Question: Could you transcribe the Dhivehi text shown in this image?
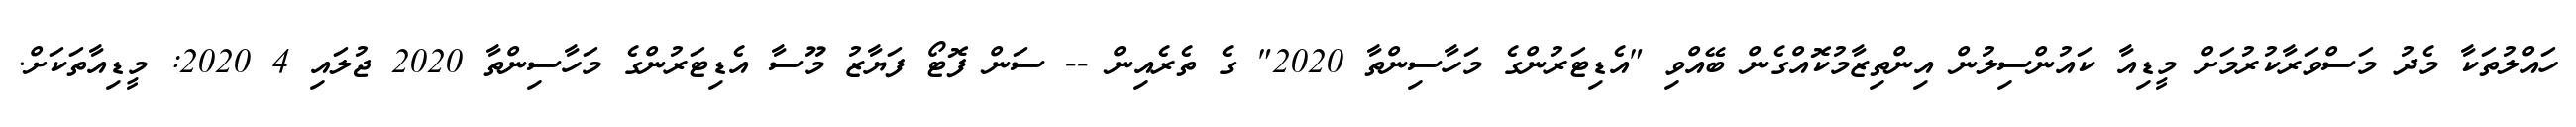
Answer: ހައްލުތަކާ މެދު މަސްވަރާކުރުމަށް މީޑިއާ ކައުންސިލުން އިންތިޒާމުކޮއްގެން ބޭއްވި "އެޑިޓަރުންގެ މަހާސިންތާ 2020" ގެ ތެރެއިން -- ސަން ފޮޓޯ ފަޔާޒު މޫސާ އެޑިޓަރުންގެ މަހާސިންތާ 2020 ޖުލައި 4 2020: މީޑިއާތަކަށް.